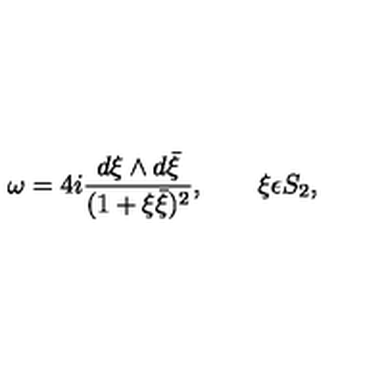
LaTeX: \omega = 4 i \frac { d \xi \wedge d \bar { \xi } } { ( 1 + \xi \bar { \xi } ) ^ { 2 } } , \qquad \xi \epsilon S _ { 2 } ,